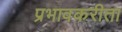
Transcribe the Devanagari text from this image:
प्रभावकरीता